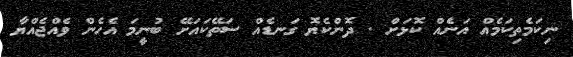
ނިކަމެތިކަމެއް އަނެއް ކޮޅަށް . ދޮންކެޔޮ ގަނޑެއް ސަތޭކައަށޭ ބުނީމަ އެހެން ވެއްޖެއްޔާ